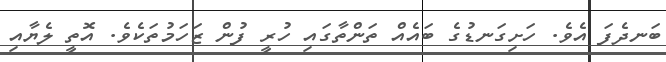
ބަނދެފަ އެވެ. ހަށިގަނޑުގެ ބައެއް ތަންތާގައި ހުރީ ފުން ޒަހަމުތަކެވެ. އޮތީ ލެޔާއި